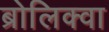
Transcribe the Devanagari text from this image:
ब्रोलिक्वा